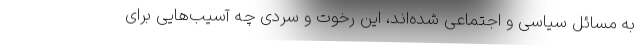
به مسائل سیاسی و اجتماعی شده‌اند، این رخوت و سردی چه آسیب‌هایی برای